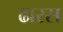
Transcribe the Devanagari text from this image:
ढारस